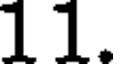
11.